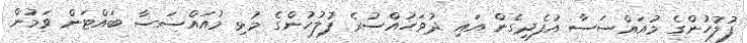
ފުލުހުންގެ މުއައްސަސާ އުފެދިގެން އައި ދުވަހުއްސުރެ ފުލުހުންގެ މުޅި މުއައްސަސާ ބައްޓަން ވަމުން